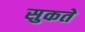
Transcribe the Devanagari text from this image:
सुकते